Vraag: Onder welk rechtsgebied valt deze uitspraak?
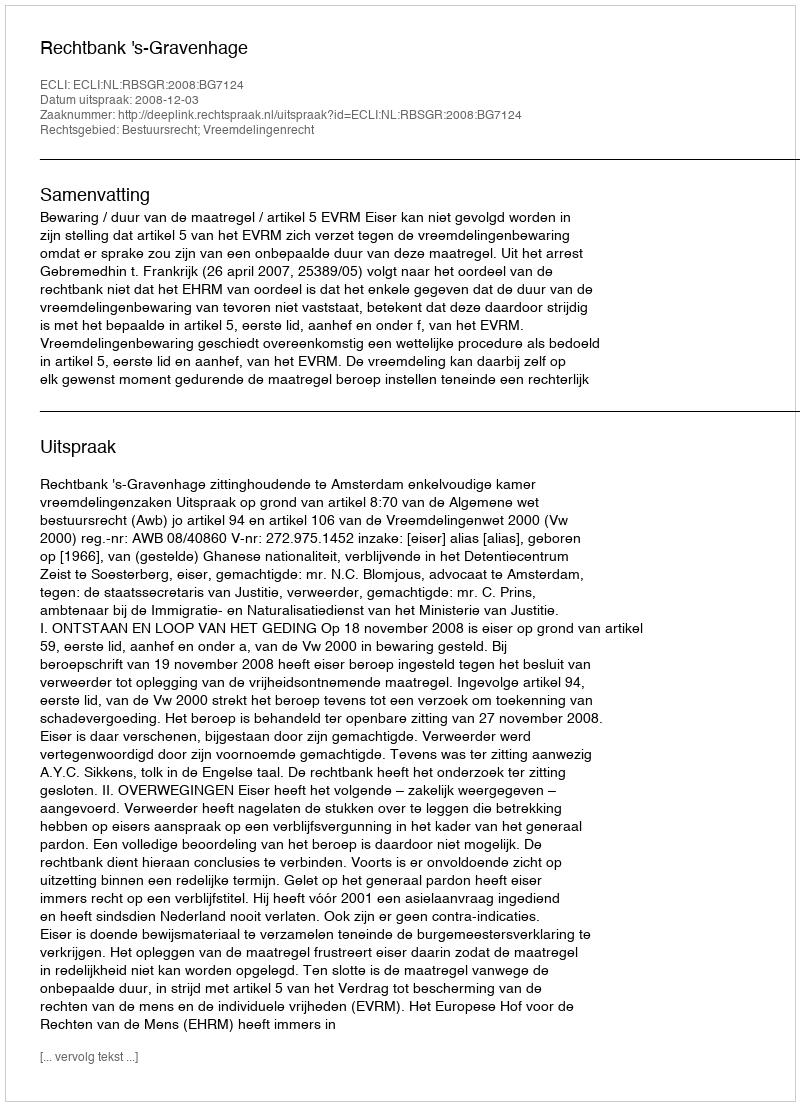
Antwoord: Bestuursrecht; Vreemdelingenrecht